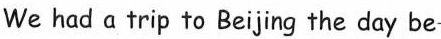
We had a trip to Beijing the day be-